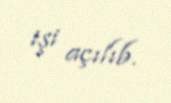
işi açılıb.